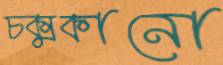
চক্‌মকানো